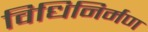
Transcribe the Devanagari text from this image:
विधिनिर्मण